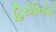
હિરોહિતોએ